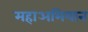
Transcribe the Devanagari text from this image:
महाअभियान